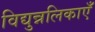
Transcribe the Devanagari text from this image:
विद्युन्नलिकाएँ